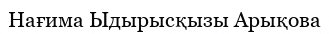
Нағима Ыдырысқызы Арықова